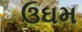
ઉઘમ